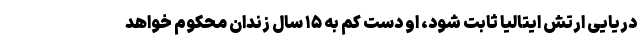
دریایی ارتش ایتالیا ثابت شود، او دست کم به ۱۵ سال زندان محکوم خواهد